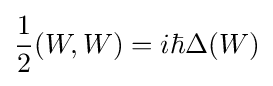
{\frac {1}{2}}(W,W)=i\hbar \Delta (W)